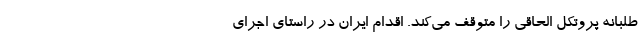
طلبانه پروتکل الحاقی را متوقف می‌کند. اقدام ایران در راستای اجرای